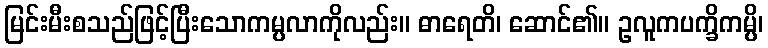
မြင်းမီးစသည်ဖြင့်ပြီးသောကမ္ပလာကိုလည်း။ ဓာရေတိ၊ ဆောင်၏။ ဥလူကပက္ခိကမ္ပိ၊